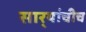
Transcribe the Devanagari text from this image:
सार्‍यांचीच